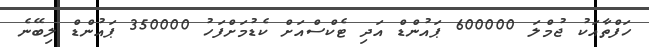
ހަފްތާއަކު ޖުމްލަ 600000 ޕައުންޑް އަދި ޓެކްސްއަށް ކެޑުމަށްފަހު 350000 ޕައުންޑް ލިބޭނެ